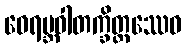
ဝေရမ္ဘဝါတက္ခိတ္တဿေဝ